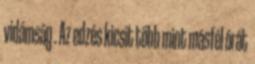
vidámság . Az edzés kicsit több mint másfél órát